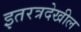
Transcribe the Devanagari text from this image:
इतरत्रदेखील